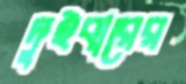
দুইবারের